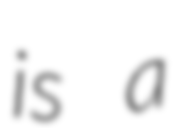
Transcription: is a